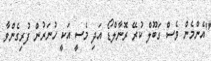
"އެންމެން ވެސް ގަބޫލް ކުރޭ ރޮނާލްޑޯ އަދި މެސީ އަކީ ހުނަރުން ފުރިގެންވާ